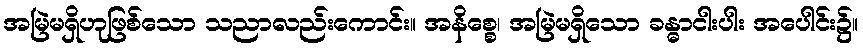
အမြဲမရှိဟုဖြစ်သော သညာလည်းကောင်း။ အနိစ္စေ၊ အမြဲမရှိသော ခန္ဓာငါးပါး အပေါင်း၌။